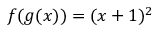
f ( g ( x ) ) = ( x + 1 ) ^ { 2 }